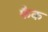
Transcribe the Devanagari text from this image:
फैक